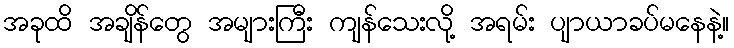
အခုထိ အချိန်တွေ အများကြီး ကျန်သေးလို့ အရမ်း ပျာယာခပ်မနေနဲ့။